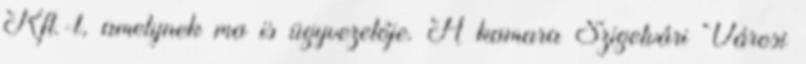
Kft.-t, amelynek ma is ügyvezetôje. A kamara Szigetvári Városi